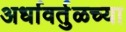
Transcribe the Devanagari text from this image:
अर्धावर्तुळच्या